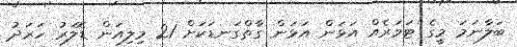
ބަލާނަމަ މީގެ ޓަވަރެއް އަޅަން އަޅަން ގާތްގަނޑަކަށް 21 މިލިއަން ޑޮލަރު ހަރަދު